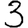
Digit: 3